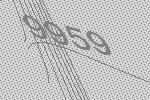
9959